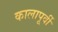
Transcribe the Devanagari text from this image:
कालापूर्वी